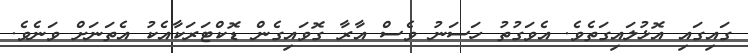
ގައިގައި އޮޅުލައިގަތެވެ. އެވަގުތު ހަސަނު ވެސް އާރާ ގޮވައިގެން ޑޮކްޓަރަކާއެކު އެތަނަށް ވަނެވެ.